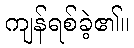
ကျန်ရစ်ခဲ့၏။